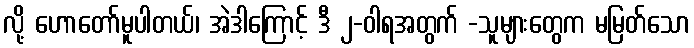
လို့ ဟောတော်မူပါတယ်၊ အဲဒါကြောင့် ဒီ ၂-ဝါရအတွက် -သူများတွေက မမြတ်သော